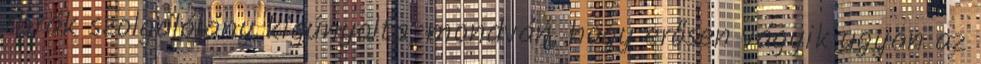
thrák szolgálólány kigúnyolta, mondván, hogy erősen vágyik ugyan az